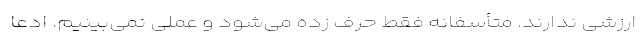
ارزشی ندارند. متأسفانه فقط حرف زده می‌شود و عملی نمی‌بینیم. ادعا